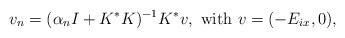
\begin{align*}v_n=(\alpha_n I+K^*K)^{-1}K^*v, \mbox{ with } v=(-E_{ix},0),\end{align*}